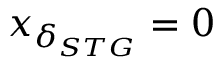
x _ { \delta _ { S T G } } = 0